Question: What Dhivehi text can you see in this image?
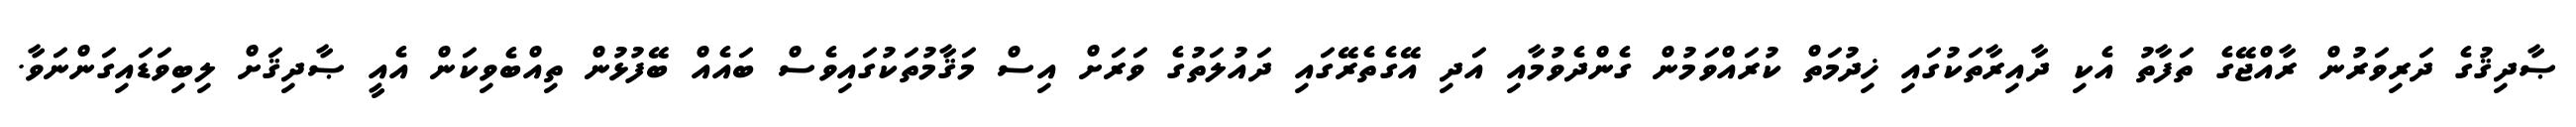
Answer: ޞާދިޤުގެ ދަރިވަރުން ރާއްޖޭގެ ތަފާތު އެކި ދާއިރާތަކުގައި ޚިދުމަތް ކުރައްވަމުން ގެންދެވުމާއި އަދި އޭގެތެރޭގައި ދައުލަތުގެ ވަރަށް އިސް މަޤާމުތަކުގައިވެސް ބައެއް ބޭފުޅުން ތިއްބެވިކަން އެއީ ޞާދިޤަށް ލިބިވަޑައިގަންނަވާ.